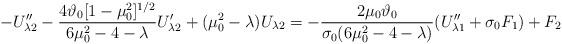
LaTeX: \begin{align*} -U_{\lambda2}^{\prime\prime}- \frac{4\vartheta_0[1-\mu_0^2]^{1/2}}{6\mu_0^2-4-\lambda}U_{\lambda2}^{\prime} + (\mu^2_0-\lambda)U_{\lambda2} = - \frac{2\mu_0\vartheta_0}{\sigma_0 (6\mu_0^2-4-\lambda)}(U_{\lambda1}^{\prime\prime}+\sigma_0F_1) +F_2 \end{align*}